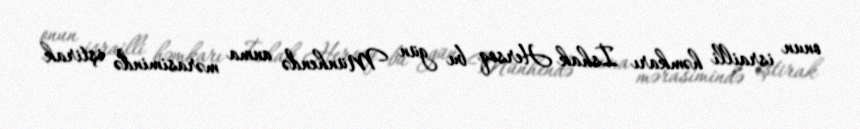
onun israilli həmkarı İshak Hersoq bu gün Münhendə anma mərasimində iştirak